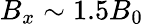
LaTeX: B_{x}\sim 1.5B_{0}